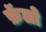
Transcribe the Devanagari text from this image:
फ़ॅलो